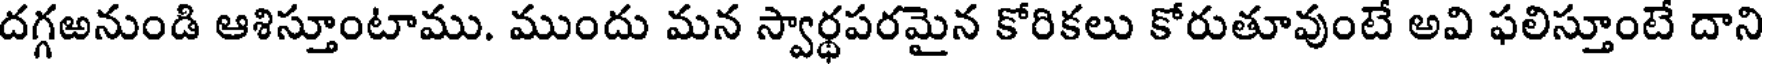
దగ్గఱనుండి ఆశిస్తూంటాము. ముందు మన స్వార్థపరమైన కోరికలు కోరుతూవుంటే అవి ఫలిస్తూంటే దాని